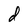
Character: d